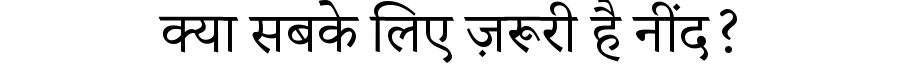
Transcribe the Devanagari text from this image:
क्या सबके लिए ज़रूरी है नींद?